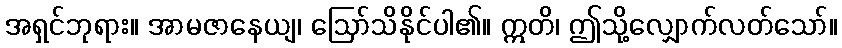
အရှင်ဘုရား။ အာမဇာနေယျ၊ ဩော်သိနိုင်ပါ၏။ ဣတိ၊ ဤသို့လျှောက်လတ်သော်။